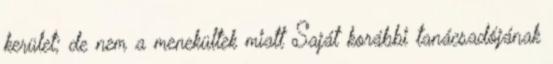
kerület; de nem a menekültek miatt Saját korábbi tanácsadójának